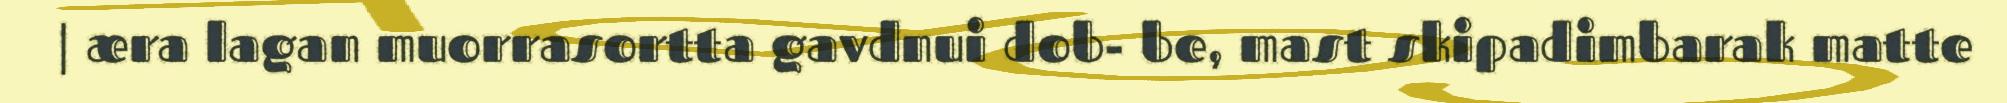
| æra lagan muorrasortta gavdnui dob- be, mast skipadimbarak matte